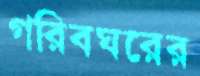
গরিবঘরের